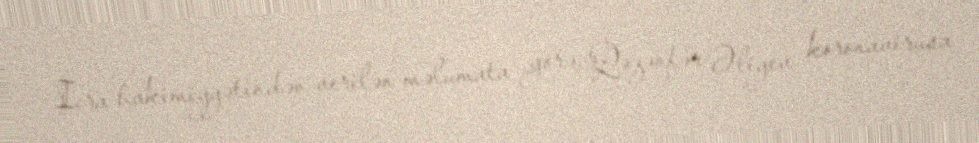
İcra hakimiyyətindən verilən məlumata görə, Qəzənfər Əliyev koronavirusa